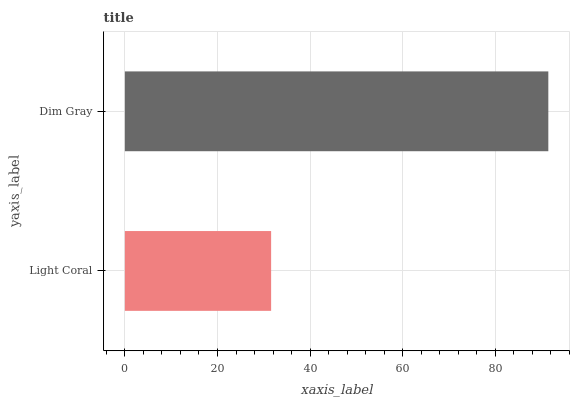
| yaxis_label | bars |
 | --- | --- |
 | Light Coral | 31.6 |
 | Dim Gray | 91.4 |